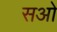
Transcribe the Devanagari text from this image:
सओ